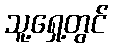
သူ့ရှေ့တွင်